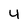
Character: 4